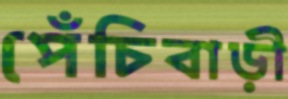
পেঁচিবাড়ী